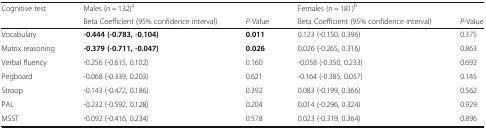
<table><thead><tr><td><b>Cognitive test</b></td><td><b>Males (<i>n</i> = 132)<sup>a</sup></b></td><td></td><td><b>Females (<i>n</i> = 181)<sup>b</sup></b></td><td></td></tr><tr><td></td><td><b>Beta Coefficient (95% confidence interval)</b></td><td><b><i>P</i>-Value</b></td><td><b>Beta Coefficient (95% confidence interval)</b></td><td><b><i>P</i>-Value</b></td></tr></thead><tbody><tr><td>Vocabulary</td><td><b>-0.444 (-0.783, -0.104)</b></td><td><b>0.011</b></td><td>0.123 (-0.150, 0.396)</td><td>0.375</td></tr><tr><td>Matrix reasoning</td><td><b>-0.379 (-0.711, -0.047)</b></td><td><b>0.026</b></td><td>0.026 (-0.265, 0.316)</td><td>0.863</td></tr><tr><td>Verbal fluency</td><td>-0.256 (-0.615, 0.102)</td><td>0.160</td><td>-0.058 (-0.350, 0.233)</td><td>0.692</td></tr><tr><td>Pegboard</td><td>-0.068 (-0.339, 0.203)</td><td>0.621</td><td>-0.164 (-0.385, 0.057)</td><td>0.145</td></tr><tr><td>Stroop</td><td>-0.143 (-0.472, 0.186)</td><td>0.392</td><td>0.083 (-0.199, 0.366)</td><td>0.562</td></tr><tr><td>PAL</td><td>-0.232 (-0.592, 0.128)</td><td>0.204</td><td>0.014 (-0.296, 0.324)</td><td>0.929</td></tr><tr><td>MSST</td><td>-0.092 (-0.416, 0.234)</td><td>0.578</td><td>0.023 (-0.319, 0.364)</td><td>0.896</td></tr></tbody></table>